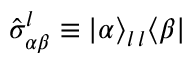
\hat { \sigma } _ { \alpha \beta } ^ { l } \equiv | \alpha \rangle _ { l \, l } \langle \beta |